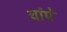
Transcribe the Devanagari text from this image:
चांपे